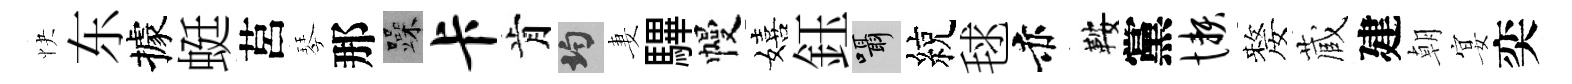
快东據蜓莒琴那躁卡肯均妻驆幔嬉鈺囁綂毬赤鞍黨懒嫠蔵建朝宴奕